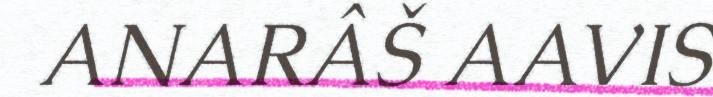
ANARÂŠ AAVIS